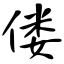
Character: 偻